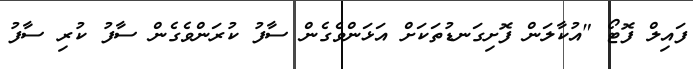
ފައިލް ފޮޓޯ "އުކާލަން ފޮށިގަނޑުތަކަށް އަޅަންވެގެން ސާފު ކުރަންވެގެން ސާފު ކުރި ސާފު